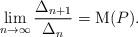
LaTeX: \begin{align*}\lim_{n \to \infty} \frac{\Delta_{n+1}}{\Delta_{n}}= {\rm M}(P).\end{align*}